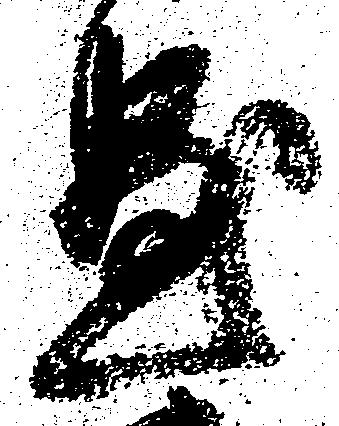
懸